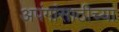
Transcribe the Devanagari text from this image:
अपंगांसाठीच्या